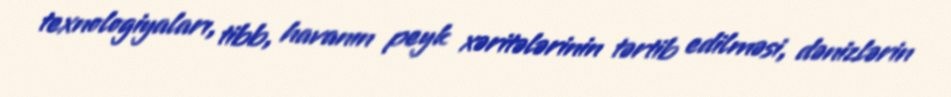
texnologiyaları, tibb, havanın peyk xəritələrinin tərtib edilməsi, dənizlərin